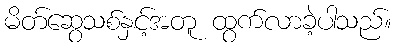
မိတ်ဆွေသစ်နှင့်အတူ ထွက်လာခဲ့ပါသည်။